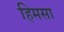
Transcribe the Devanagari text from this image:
हिमसा